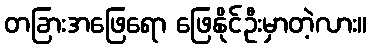
တခြားအဖြေရော ဖြေနိုင်ဦးမှာတဲ့လား။